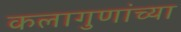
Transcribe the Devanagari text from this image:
कलागुणांच्या